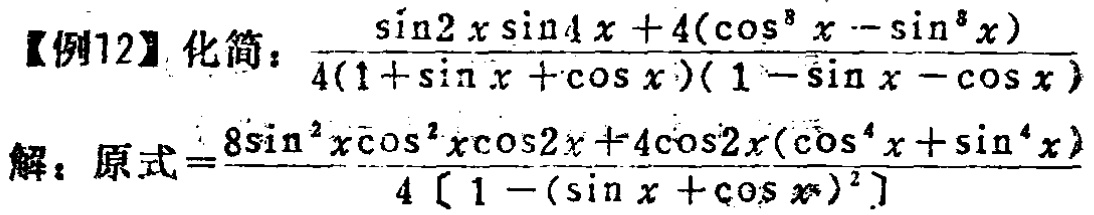
【例12】化简：\(\frac{\sin2x\sin4x + 4(\cos^{8}x - \sin^{8}x)}{4(1 + \sin x+\cos x)(1 - \sin x - \cos x)}\)

解：原式\(=\frac{8\sin^{2}x\cos^{2}x\cos2x + 4\cos2x(\cos^{4}x+\sin^{4}x)}{4[1 - (\sin x+\cos x)^{2}]}\)